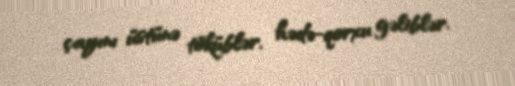
çayını üstünə töküblər, hədə-qorxu gəliblər.